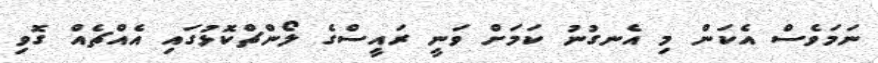
ނަމަވެސް އެކަން މި އެނގުނު ކަމަށް ވަނީ ރައީސްގެ ލޯންޗްކޮޅުގައި އެއްޗެއް ގޮވި